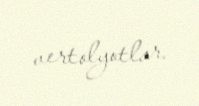
vertolyotlar.